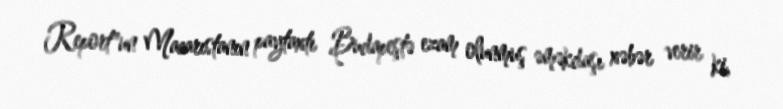
Report"un Macarıstanın paytaxtı Budapeştə ezam olunmuş əməkdaşı xəbər verir ki,